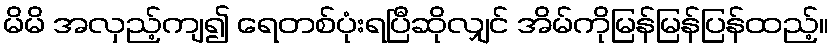
မိမိ အလှည့်ကျ၍ ရေတစ်ပုံးရပြီဆိုလျှင် အိမ်ကိုမြန်မြန်ပြန်ထည့်။